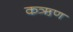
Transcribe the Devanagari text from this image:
कऋण